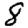
Digit: 8